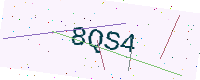
Text: 8QS4